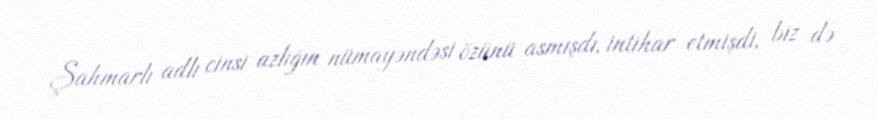
Şahmarlı adlı cinsi azlığın nümayəndəsi özünü asmışdı, intihar etmişdi, biz də